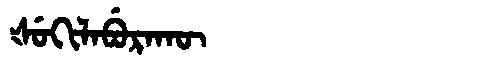
Manchu: ᡧᡠᡴᡳᠯᠠᠪᡠᡵᠠᡴᡡ
Romanization: ŠUKILABURAKŪ